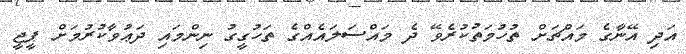
އަދި އޭނާގެ މައްޗަށް ތުހުމަތުކުރެވޭ ދެ މައްސަލައެއްގެ ތަހުގީގު ނިންމައި ދަޢުވާކުރުމަށް ޕީޖީ